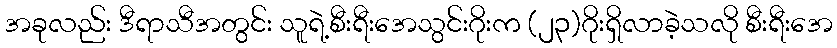
အခုလည်း ဒီရာသီအတွင်း သူရဲ့စီးရီးအေသွင်းဂိုးက (၂၃)ဂိုးရှိလာခဲ့သလို စီးရီးအေ